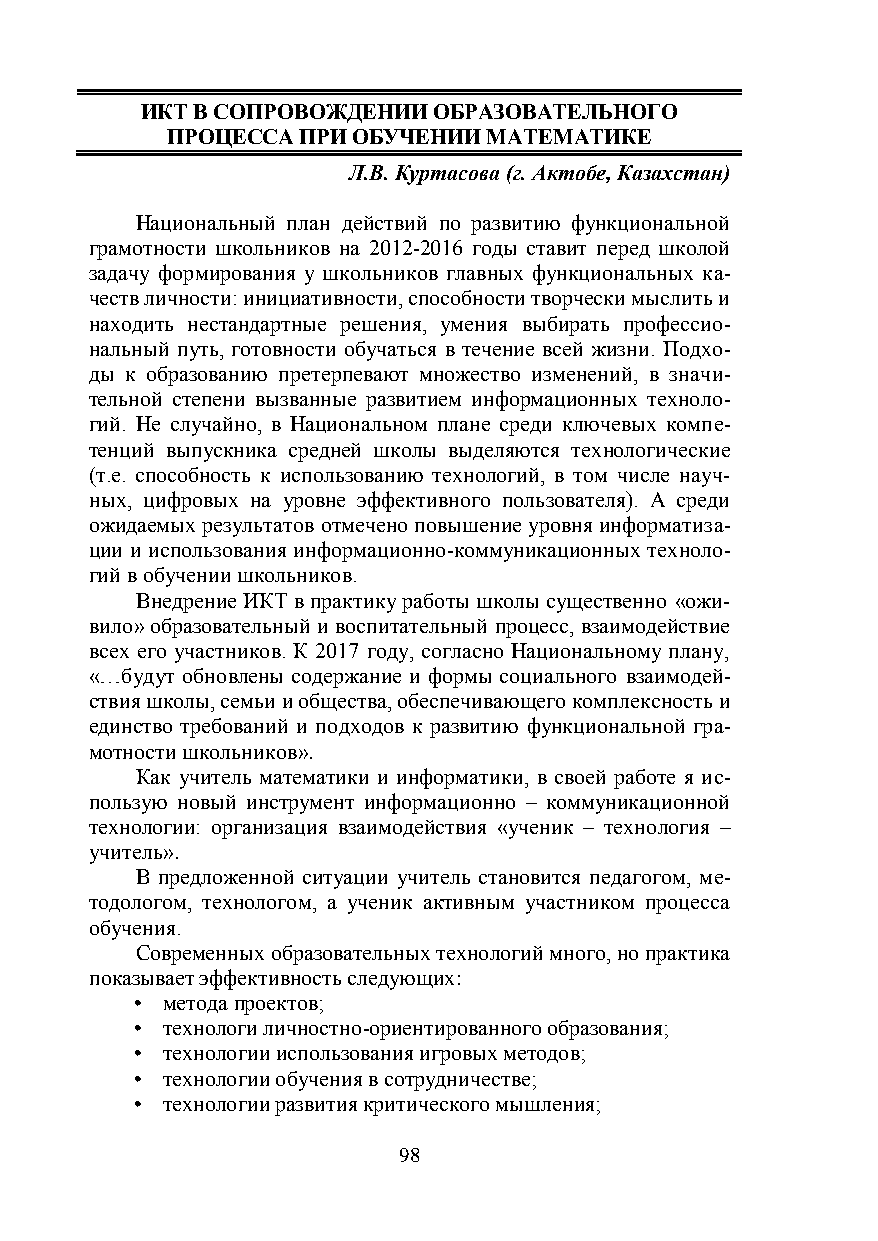
ИКТ В СОПРОВОЖДЕНИИ ОБРАЗОВАТЕЛЬНОГО
 ПРОЦЕССА ПРИ ОБУЧЕНИИ МАТЕМАТИКЕ
 Л.В. Куртасова (г. Актобе, Казахстан)
 Национальный план действий по развитию функциональной
 грамотности школьников на 2012-2016 годы ставит перед школой
 задачу формирования у школьников главных функциональных ка-
 честв личности: инициативности, способности творчески мыслить и
 находить нестандартные решения, умения выбирать профессио-
 нальный путь, готовности обучаться в течение всей жизни. Подхо-
 ды к образованию претерпевают множество изменений, в значи-
 тельной степени вызванные развитием информационных техноло-
 гий. Не случайно, в Национальном плане среди ключевых компе-
 тенций выпускника средней школы выделяются технологические
 (т.е. способность к использованию технологий, в том числе науч-
 ных, цифровых на уровне эффективного пользователя). А среди
 ожидаемых результатов отмечено повышение уровня информатиза-
 ции и использования информационно-коммуникационных техноло-
 гий в обучении школьников.
 Внедрение ИКТ в практику работы школы существенно «ожи-
 вило» образовательный и воспитательный процесс, взаимодействие
 всех его участников. К 2017 году, согласно Национальному плану,
 «…будут обновлены содержание и формы социального взаимодей-
 ствия школы, семьи и общества, обеспечивающего комплексность и
 единство требований и подходов к развитию функциональной гра-
 мотности школьников».
 Как учитель математики и информатики, в своей работе я ис-
 пользую новый инструмент информационно – коммуникационной
 технологии: организация взаимодействия «ученик – технология –
 учитель».
 В предложенной ситуации учитель становится педагогом, ме-
 тодологом, технологом, а ученик активным участником процесса
 обучения.
 Современных образовательных технологий много, но практика
 показывает эффективность следующих:
 • метода проектов;
 • технологи личностно-ориентированного образования;
 • технологии использования игровых методов;
 • технологии обучения в сотрудничестве;
 • технологии развития критического мышления;
 98